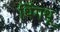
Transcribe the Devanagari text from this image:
थिंगथू